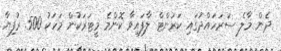
ދެން މާލެ ސަރަހައްދުގައި ކަރަންޓް ލާފައިވާ ކޮންމެ މީޓަރަކުން މަހަކު 500 ރުފިޔާ